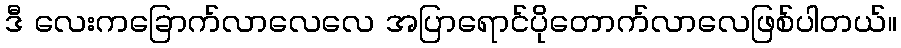
ဒီ လေးကခြောက်လာလေလေ အပြာရောင်ပိုတောက်လာလေဖြစ်ပါတယ်။